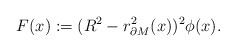
LaTeX: \begin{align*} F(x):=(R^2-r^2_{\partial M}(x))^2\phi(x).\end{align*}